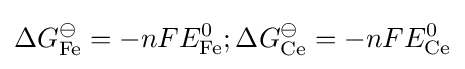
\Delta G_{{\ce {Fe}}}^{\ominus }=-nFE_{{\ce {Fe}}}^{0};\Delta G_{{\ce {Ce}}}^{\ominus }=-nFE_{{\ce {Ce}}}^{0}